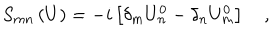
S _ { m n } \left( U \right) = - i \left[ \delta _ { m } U _ { n } ^ { 0 } - \delta _ { n } U _ { m } ^ { 0 } \right] \quad ,